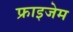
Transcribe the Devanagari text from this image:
फ्राइजेम